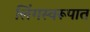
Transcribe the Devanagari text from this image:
लिंगस्वरूपात